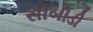
સીબીડી